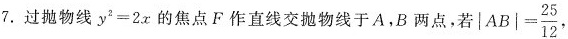
7.过抛物线$$y ^ { 2 } = 2 x$$的焦点F作直线交抛物线于A，B两点，若$$\left | A B \right | = \frac { 2 5 } { 1 2 }$$，